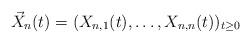
LaTeX: \begin{align*} \vec{X}_n(t) = (X_{n,1}(t),\dots,X_{n,n}(t))_{t \geq 0}\end{align*}